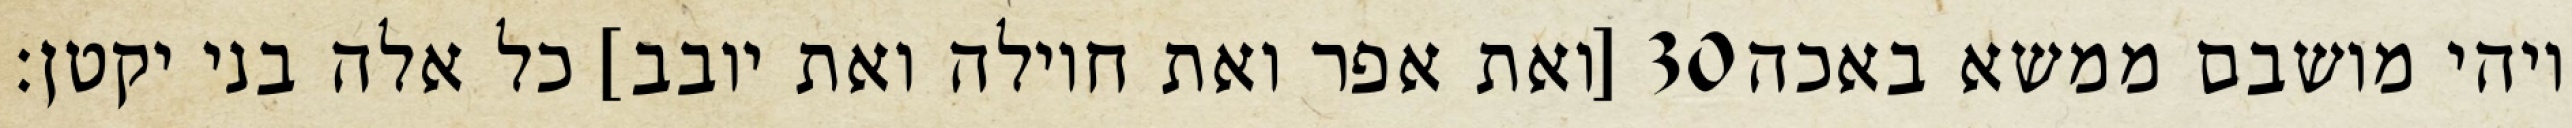
[ואת אפר ואת חוילה ואת יובב] כל אלה בני יקטן׃ ‎30‏ ויהי מושבם ממשא באכה